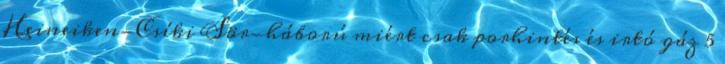
Heineiken-Csíki Sör-háború miért csak porhintés és irtó gáz 5